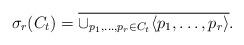
LaTeX: \begin{align*}\sigma_r(C_t)=\overline{\cup_{p_1,\ldots,p_r\in C_t}\langle p_1,\ldots,p_r\rangle}.\end{align*}